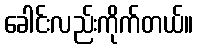
ခေါင်းလည်းကိုက်တယ်။